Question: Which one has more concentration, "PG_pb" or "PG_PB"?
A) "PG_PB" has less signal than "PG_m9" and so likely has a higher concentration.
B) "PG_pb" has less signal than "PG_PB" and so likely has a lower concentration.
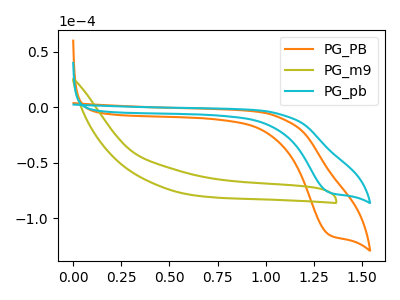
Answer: <think>The orange curve "PG_PB" has a cathodic peak at: (1.35V, -114.35uA). The olive curve "PG_m9" has no peaks. The cyan curve "PG_pb" has a cathodic peak at: (1.35V, -76.30uA).
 All the peaks in "PG_pb" have a peak in "PG_PB" at the same potential. Every peak in "PG_pb" is lower than every peak in "PG_PB".</think>
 <answer>B) "PG_pb" has less signal than "PG_PB" and so likely has a lower concentration.</answer>
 <eval>B</eval>